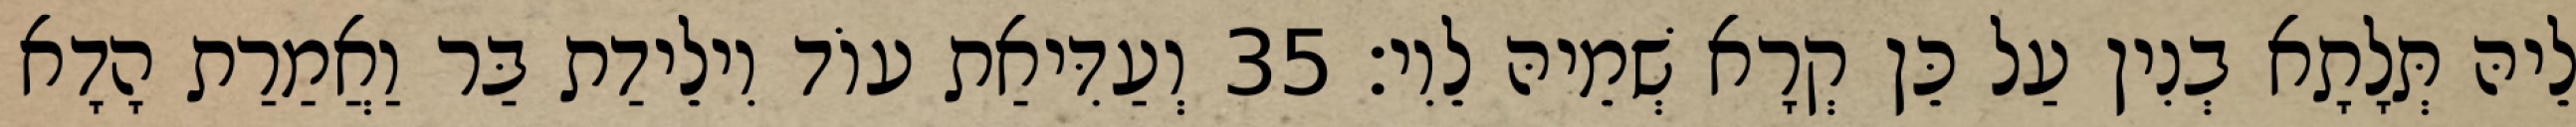
לֵיהּ תְּלָתָא בְנִין עַל כֵּן קְרָא שְׁמֵיהּ לֵוִי׃ 35 וְעַדִּיאַת עוֹד וִילֵידַת בַּר וַאֲמַרַת הָדָא